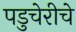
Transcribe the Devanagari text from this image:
पडुचेरीचे